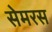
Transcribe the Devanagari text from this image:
सेमरस